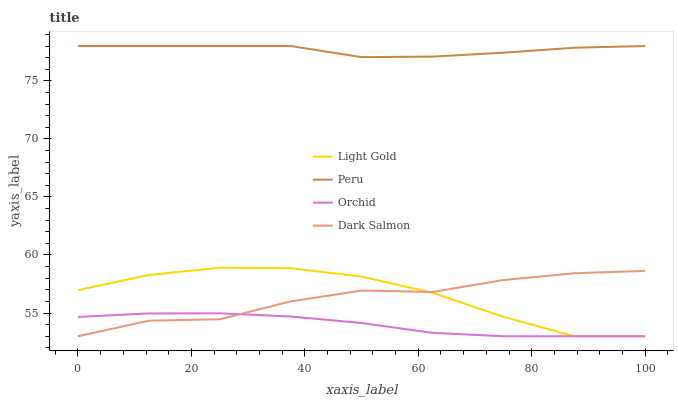
| xaxis_label | Light Gold | Peru | Orchid | Dark Salmon |
 | --- | --- | --- | --- | --- |
 | 0 | 57 | 78 | 54.7 | 53 |
 | 12.5 | 58.3 | 78 | 55 | 54.3 |
 | 25 | 58.9 | 78 | 55 | 54.5 |
 | 37.5 | 58.9 | 78 | 54.7 | 56 |
 | 50 | 58.1 | 77 | 54.1 | 56.9 |
 | 62.5 | 56.7 | 77.1 | 53.3 | 56.8 |
 | 75 | 54.7 | 77.4 | 53 | 57.8 |
 | 87.5 | 53 | 77.9 | 53 | 58.4 |
 | 100 | 53 | 78 | 53 | 58.6 |